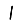
Digit: 1